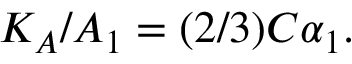
K _ { A } / A _ { 1 } = ( 2 / 3 ) C \alpha _ { 1 } .